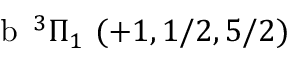
\textrm { b } \, ^ { 3 } \Pi _ { 1 } ~ ( + 1 , 1 / 2 , 5 / 2 )